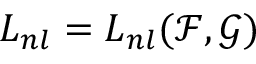
L _ { n l } = L _ { n l } ( \mathcal { F } , \mathcal { G } )